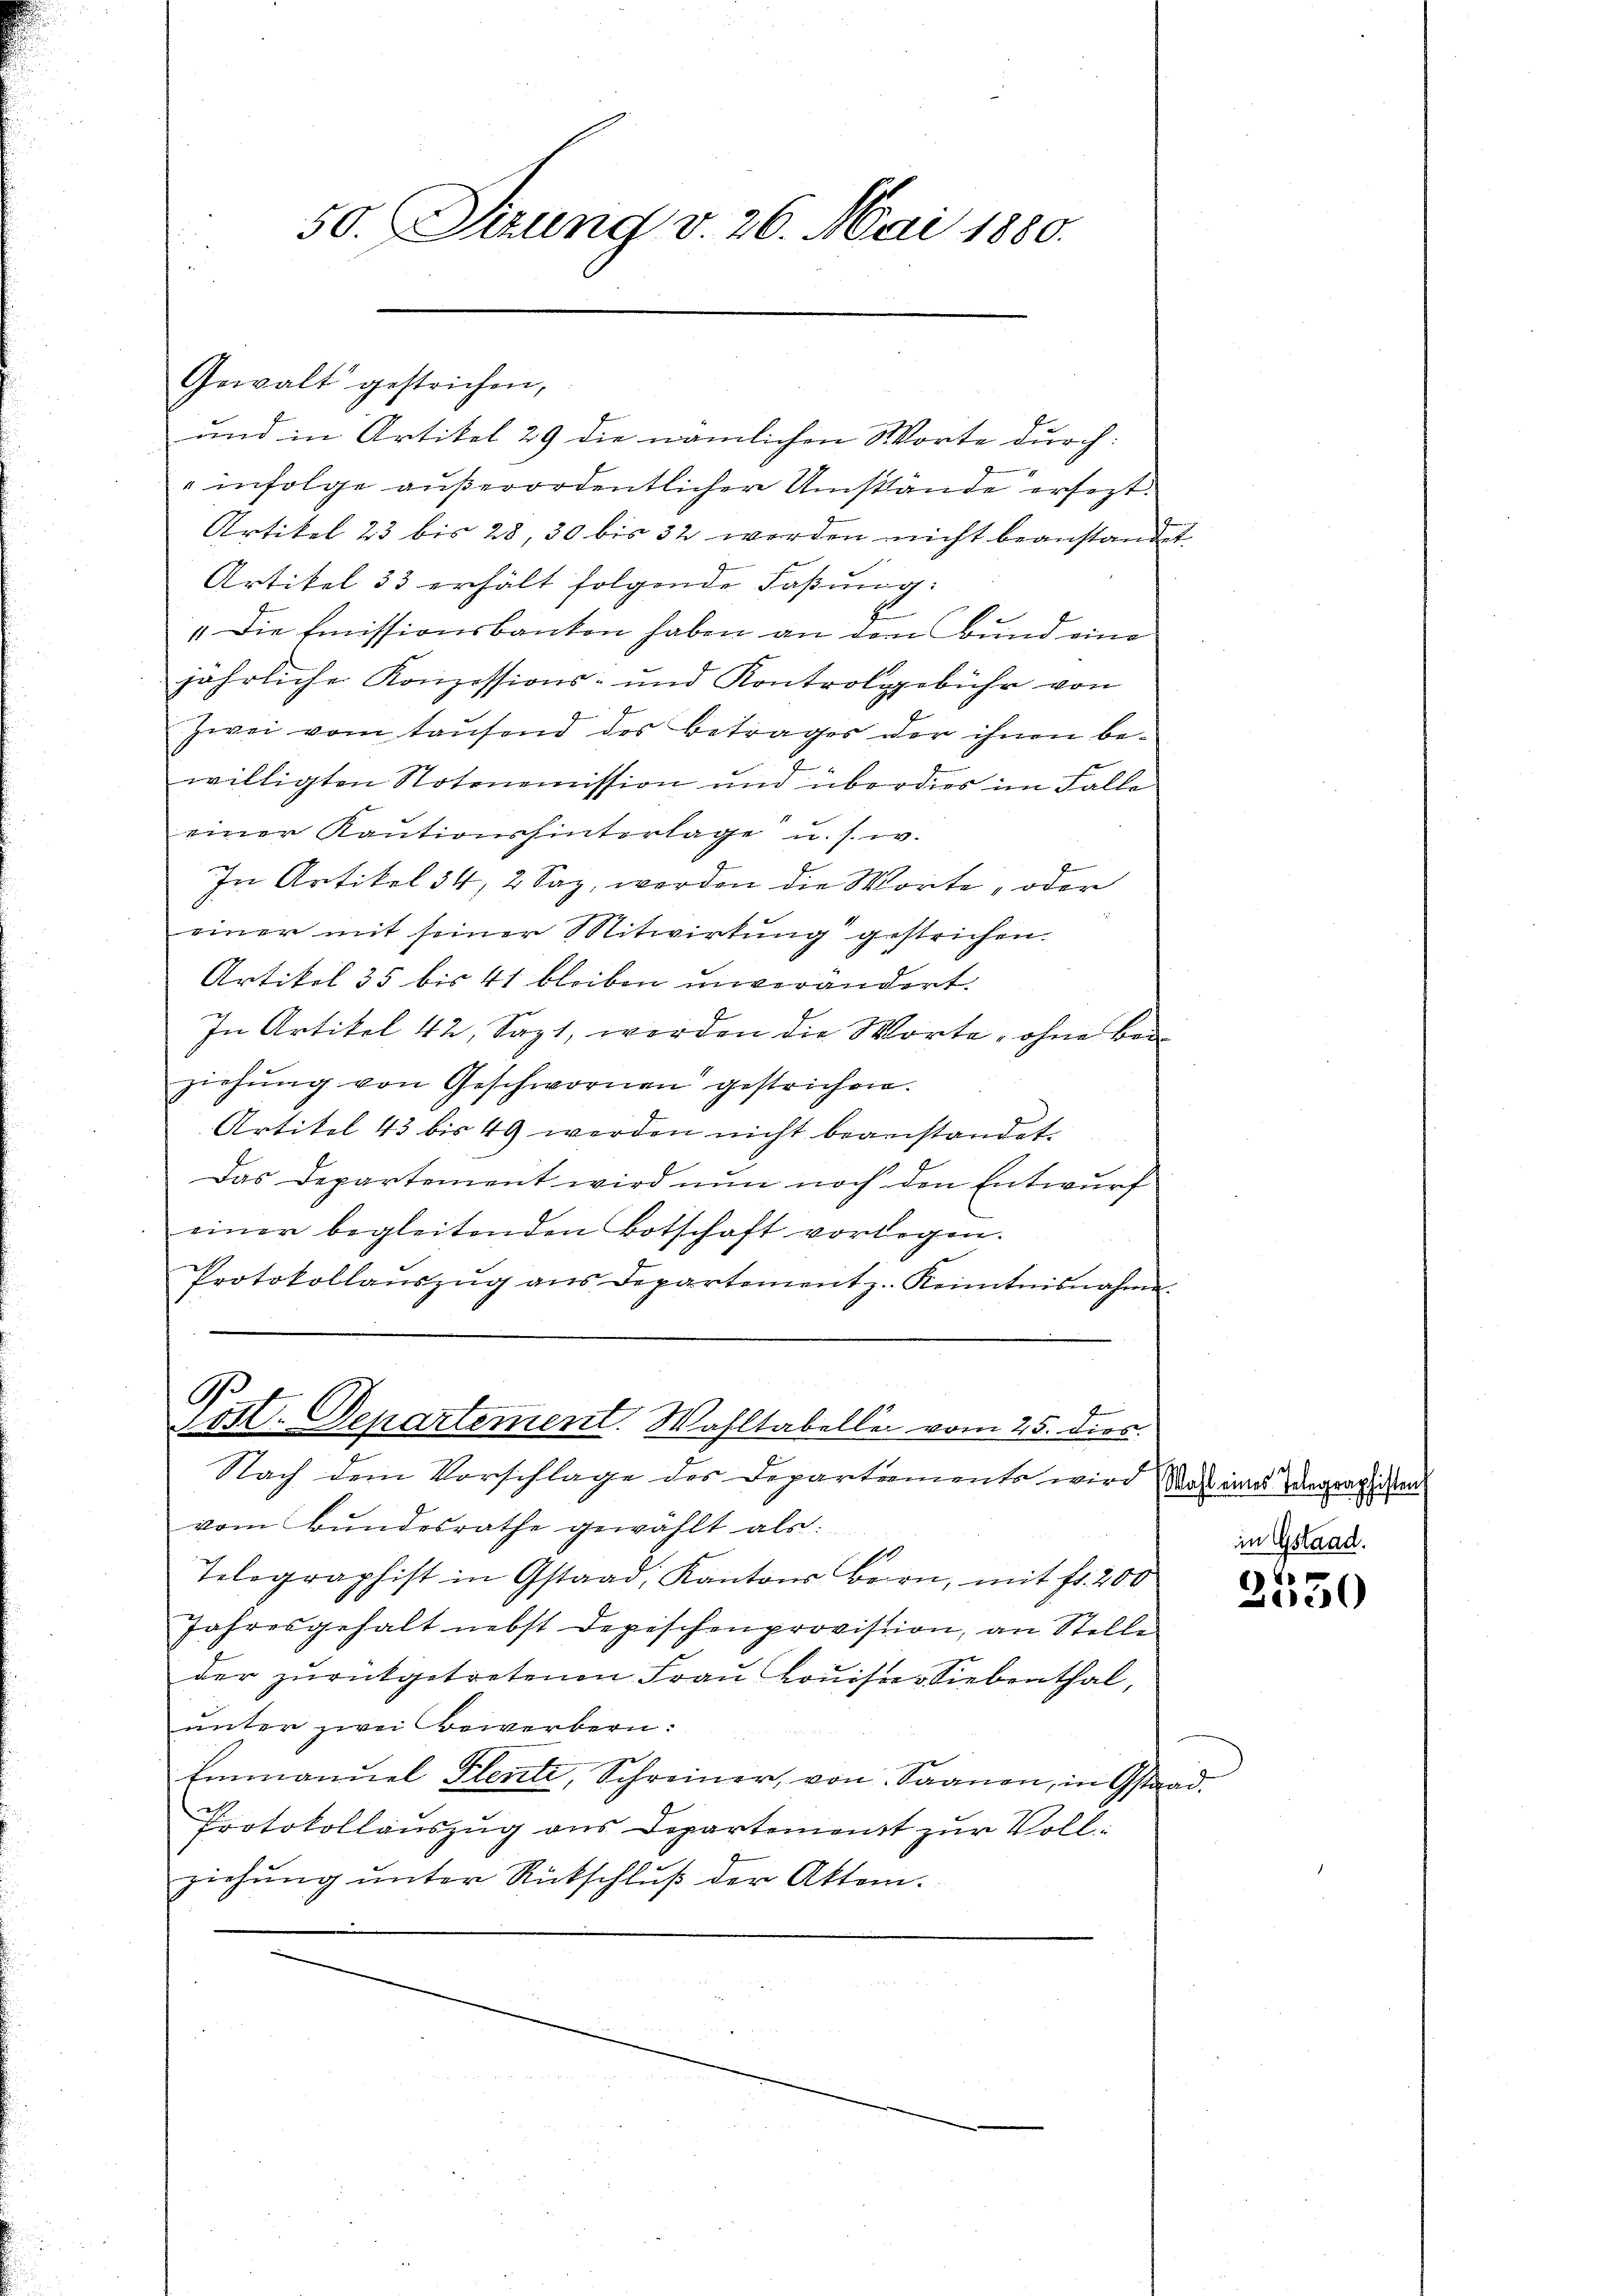
Gewalt gestrichen,

50. Sizung v. 26. Mai 1880.

und in Artikel 29 die nämlichen Worte durch
infolge außerordentlicher Umstände ersezt.
Artikel 23 bis 28, 30 bis 32 werden nicht beanstande
Artikel 33 erhält folgende Faßung:
f
". Die Emissionsbanken haben an den Bund eine
jährliche Konzessions- und Kontrolgebühr von
4
Zwei vom Taufend des Betrages der ihnen bewilligten Notenemission und überdies im Falle
einer Kautionshinterlage u. s. w.
In Artikel 34, 2 Saz, werden die Worte, oder
einer mit seiner Mitwirkung gestrichen.
Artikel 35 bis 41 bleiben unverändert.

In Artikel 42, Sazt, worden die Worte, ohne Bei
ziehŭng von Geschwornen gestrichen.
Artikel 43 bis 49 werden nicht beanstandet.
Das Departement wird nun noch den Entwurf
einer begleitenden Botschaft vorlegen.
Protokollaŭszŭg ans Departement z. Kenntnisnahme.
Post. Departement. Wahltabeller vom 25. dies
Nach dem Vorschlage des Departements wird Was eines Vergrath den
vom Bundesrathe gewählt als:
Telegraphist in Gstaad, Kantons Bern, mit fr. 200
Jahresgehalt nebst Depeschenprovision, an Stelle
der zŭrückgetretenen Fraŭ Loŭister Siebenthal,
unter zwei Bewerbern:
Emmannel Flente, Schreiner, von Saanen, in Gsta¬
Protokollauszug aus Departement zur Vollziehung unter Rückschluß der Akten.

in Gstaad.

2

and

)
e